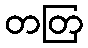
တတြ